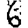
Digit: 6